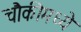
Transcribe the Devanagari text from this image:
चौकीमध्ये